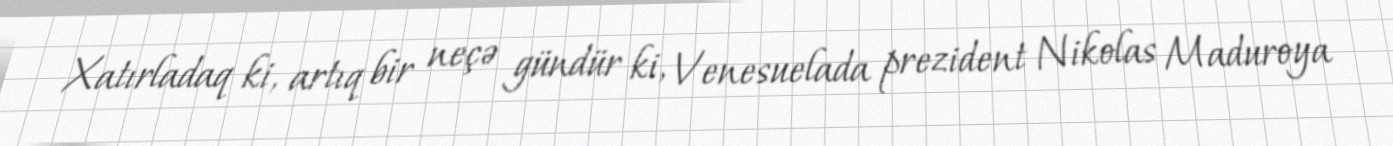
Xatırladaq ki, artıq bir neçə gündür ki, Venesuelada prezident Nikolas Maduroya